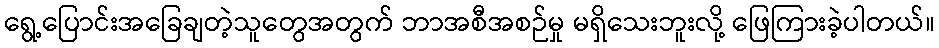
ရွေ့ပြောင်းအခြေချတဲ့သူတွေအတွက် ဘာအစီအစဉ်မှု မရှိသေးဘူးလို့ ဖြေကြားခဲ့ပါတယ်။